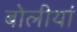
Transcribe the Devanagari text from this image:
बोलीयां